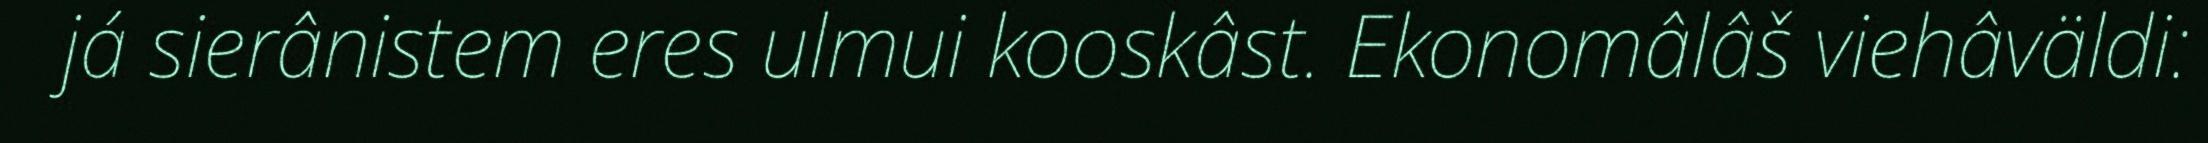
já sierânistem eres ulmui kooskâst. Ekonomâlâš viehâväldi: